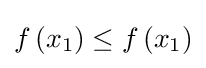
f\left(x_{1}\right)\leq f\left(x_{1}\right)